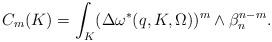
LaTeX: \begin{align*} C_m(K)= \int_{K}(\Delta \omega^*(q,K,\Omega))^m\wedge\beta_n^{n-m}.\end{align*}